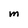
Character: M